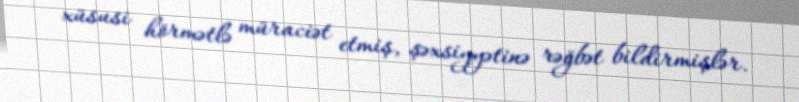
xüsusi hörmətlə müraciət etmiş, şəxsiyyətinə rəğbət bildirmişlər.